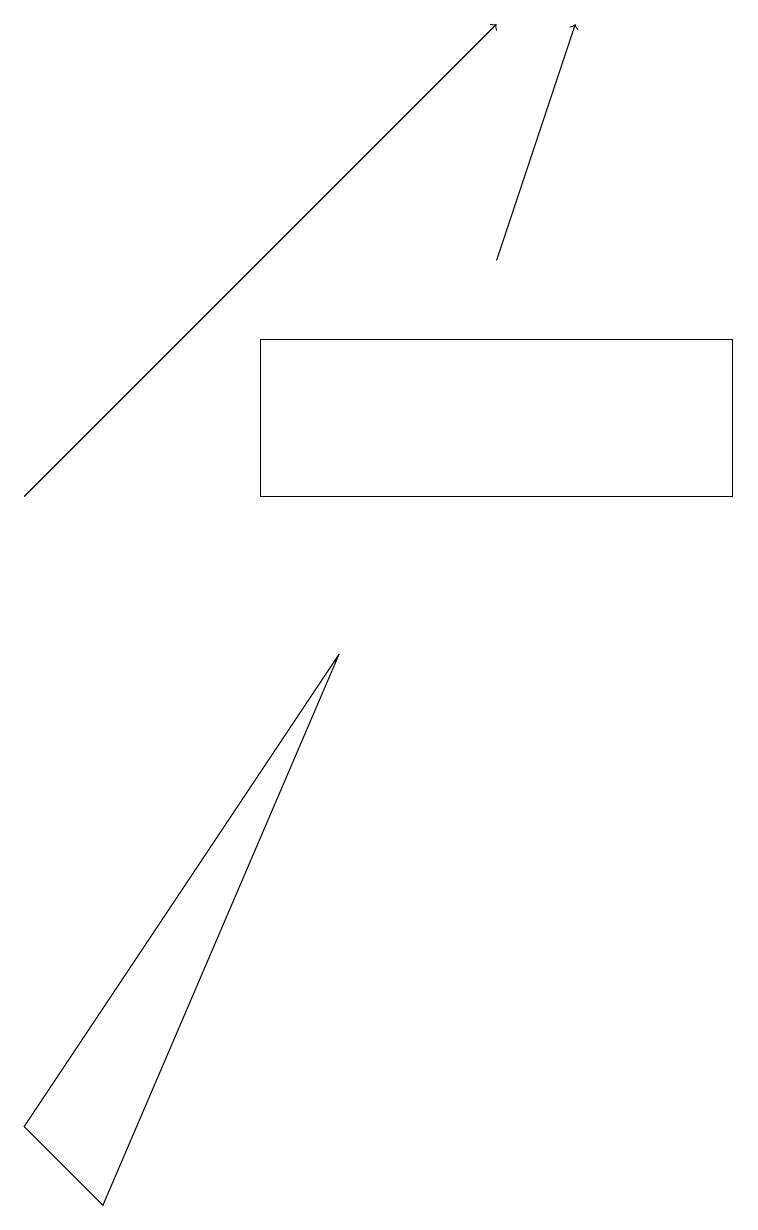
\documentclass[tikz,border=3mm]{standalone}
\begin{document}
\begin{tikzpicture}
\draw (4,9) -- (1,2) -- (0,3) -- cycle;
\draw (9,13) rectangle (3,11);
\draw[->] (0,11) -- (6,17);
\draw[->] (6,14) -- (7,17);
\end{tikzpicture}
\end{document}